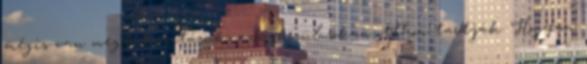
mégis van megtakarításuk, azok közül sokan otthon tartják. Hogyan